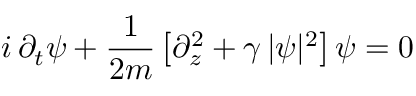
i \, \partial _ { t } \psi + \frac { 1 } { 2 m } \left[ \partial _ { z } ^ { 2 } + \gamma \, | \psi | ^ { 2 } \right] \psi = 0